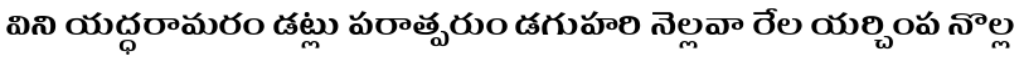
విని యద్ధరామరం డట్లు పరాత్పరుం డగుహరి నెల్లవా రేల యర్చింప నొల్ల